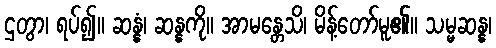
ဌတွာ၊ ရပ်၍။ ဆန္နံ၊ ဆန္နကို။ အာမန္တေသိ၊ မိန့်တော်မူ၏။ သမ္မဆန္န၊